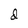
Character: d